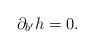
LaTeX: \begin{align*}\partial_{b'}h=0.\end{align*}